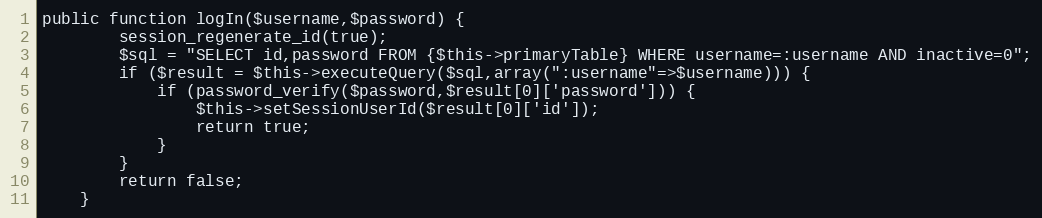
Language: PHP
public function logIn($username,$password) {
		session_regenerate_id(true);
		$sql = "SELECT id,password FROM {$this->primaryTable} WHERE username=:username AND inactive=0";
		if ($result = $this->executeQuery($sql,array(":username"=>$username))) {
			if (password_verify($password,$result[0]['password'])) {
				$this->setSessionUserId($result[0]['id']);
				return true;
			}
		}
		return false;
	}